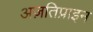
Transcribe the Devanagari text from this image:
अज़तिप्राइन